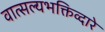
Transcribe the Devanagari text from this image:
वात्सल्यभक्तिव्दारे